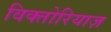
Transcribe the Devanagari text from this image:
विक्तोरियाज़